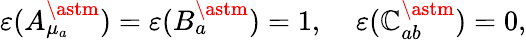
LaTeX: \varepsilon(A_{\mu_{a}}^{\astm})=\varepsilon(B_{a}^{\astm})=1,\; \; \; \; \varepsilon(\mathbb{C}_{ab}^{\astm})=0,